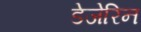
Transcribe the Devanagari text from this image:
डेजेरिन